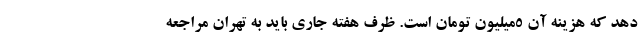
دهد که هزینه آن ۵میلیون تومان است. ظرف هفته جاری باید به تهران مراجعه